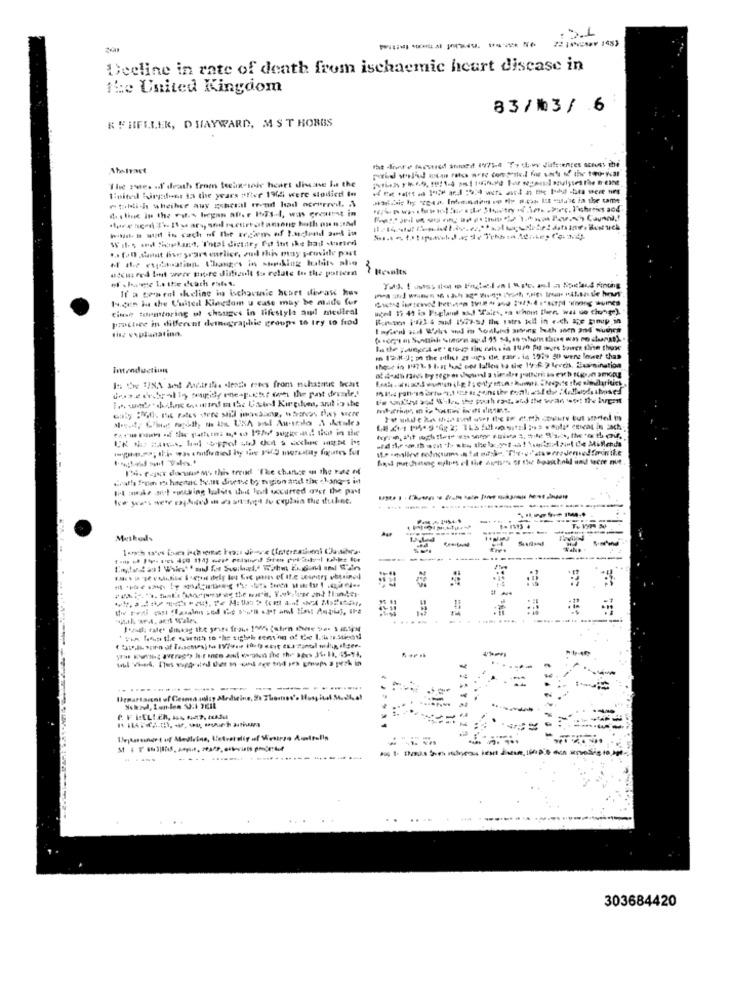
-------- -
Deeline in rate of death from ischaemic heart disease in
the United Kingdom
83/3/6
K FIIFELEK, D HAYWARD, MST HOBBS
The res of death from techn soir heart disease lu the
United Wirgdont Ia the years after 1945 were studied In
etaldich wheiher auy gsheral trend had occurred. .
... f.D,samt five years earlier, zu this piny provide past
M ihr eucausation Changes in stop.king habits aho
ucci red Init weer there difficult to relate to the pattern
If a towel theline in ischormnie heart diwawe hus
I.cen la the Culted Kingdom u case may be made fur
Cite tormtoring of changes in lifestyle aal medical
practice in different detnographie groups to try to frod
tisz explanation.
in 12.8.J; o the oflies ztips de, fair . fe 1969 50 wene lower than
1. Pajor donwas o, this treind "The chance on the more of
Grath from ra haestat be.itt diverse by muggion and the changes in
Muskods
... 1 -.
--------------..
......
..... ........ . ...............
303684420